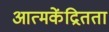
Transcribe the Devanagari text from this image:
आत्मकेंद्रितता